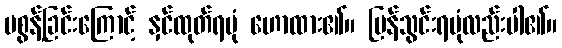
မစွန့်ခြင်းကြောင့် နှင်ထုတ်ရပုံ ဟောထား၏။ ပြန်သွင်းရပုံလည်းပါ၏။